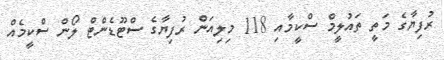
ރުފިޔާގެ މަތީ ތައުލީމް ސްކީމާއި 118 މިލިއަން ރުފިޔާގެ ސްޓޫޑެންޓް ލޯން ސްކީމެއް